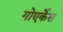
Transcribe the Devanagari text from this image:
गोएर्केस